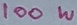
Text: 100W